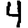
Digit: 4